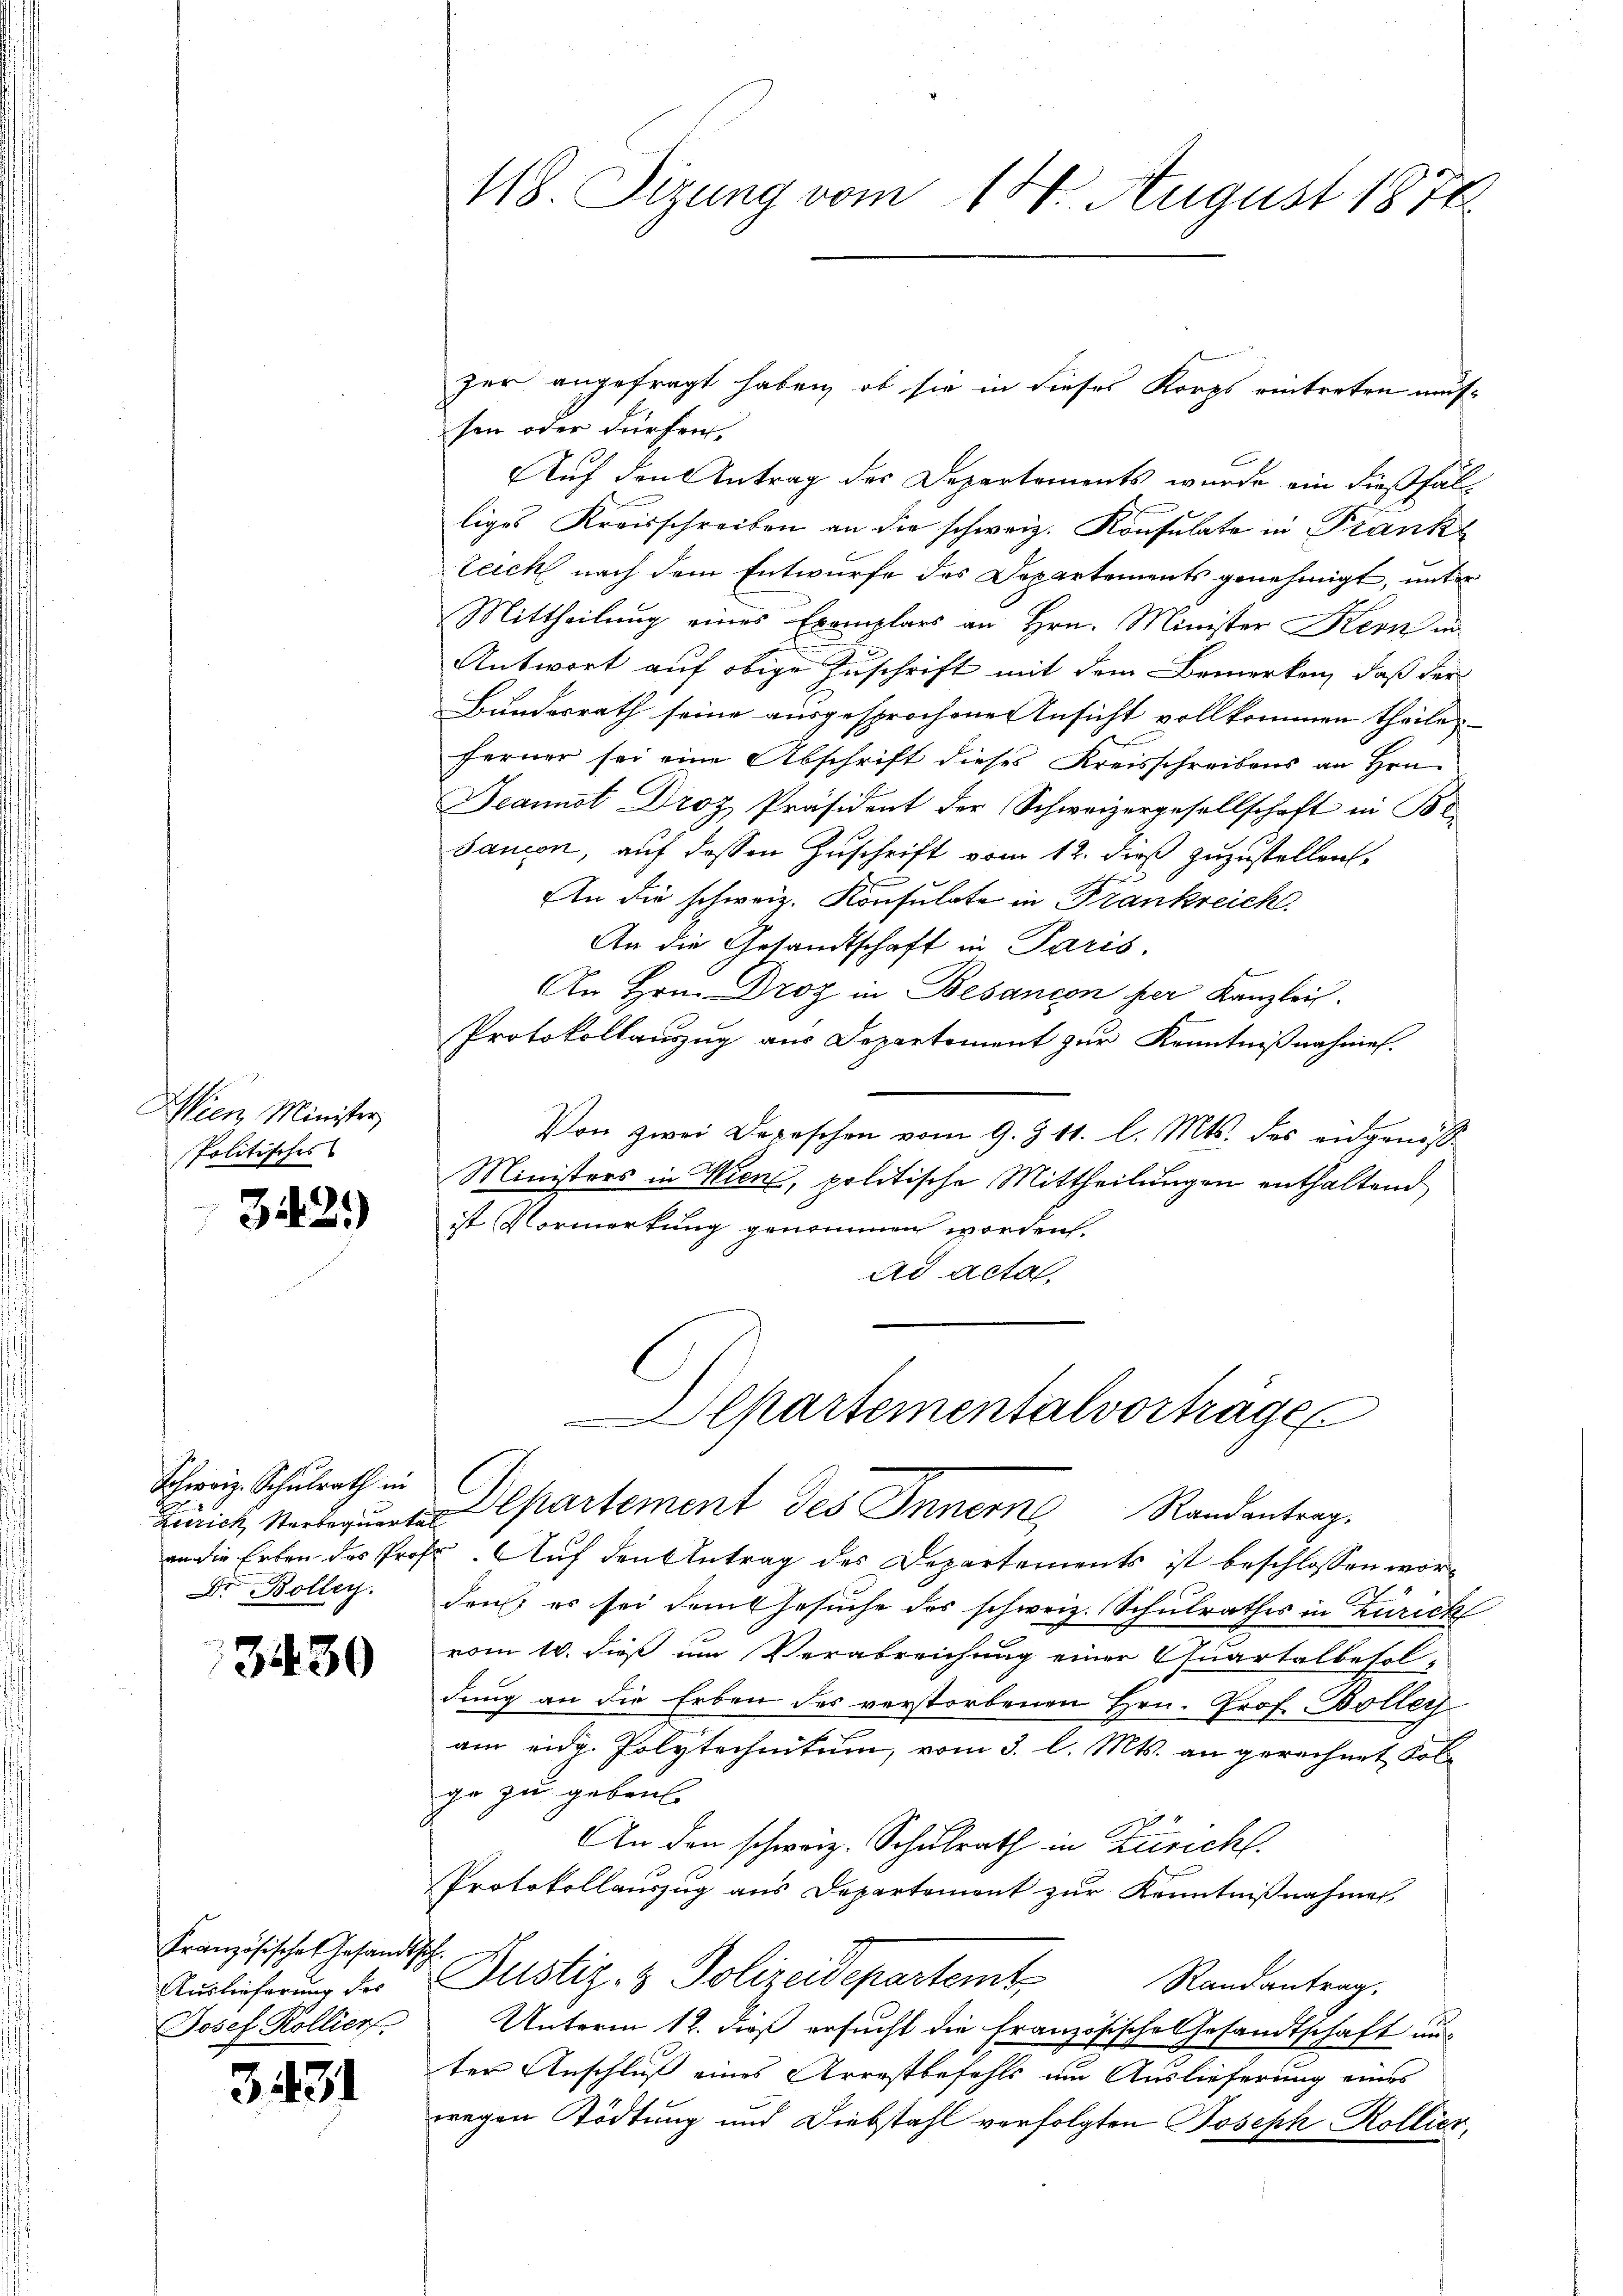
Wien Minister,
Politisches

342.)

Schweiz. Schulrath in
an die Erben des Pro¬
DDr. Bollen.

3430

Französisches Gesandtsch.
Auslieferung des
Josef Rollier

3431

118. Sizung vom 14. August 1878.

zer angefragt haben, ob sie in dieses Korps eintreten mussen oder dürfen.
Auf den Antrag des Departements wurde ein dießfäll
liges Kreisschreiben an die schweiz. Konsulate in Frank
teich nach dem Entwurfe des Departements genehmigt, unter
Mittheilung eines Exemplars an Hrn. Minister Kern in
Antwort auf obige Zuschrift mit dem Bemerken, daß der
Bundesrath seine ausgesprochene Ansicht vollkommen theile
ferner sei eine Abschrift dieses Kreisschreibens an Hrn.
Jeannot Droz Präsident der Schweizergesellschaft in Br
Sauion, auf dessen Zuschrift vom 12. dieß zuzustellen.
An die schweiz. Konsulate in Frankreich
An die Gesandtschaft in Paris.
An Hrn. Droz in Besançon per Kanzlei.
Protokollauszug aus Departement zur Kenntnißnahmen.
Von zwei Depeschen vom 9. § 11. l. Mts. des angenoss
Ministers in Wien, politische Mittheilungen enthaltend
ist Vormerkung genommen worden.
ad acta,
lpartementalvorträge
Zürich, Norderungen Departement des Innern Randantrag.
Er Auf den Antrag des Departements ist beschlossen worden, es sei damit Gesuche des schweiz. Schulrathes in Zürich
vom 10. dieß um Verabreichung einer Quartalbefol-
dung an die Erben des verstorbenen Hrn. Prof. Boller
am eidg. Polytechnikum, vom 3. l. Mts. an gerechnet Folge zu geben.
An den schweiz. Schulrath in Züricht.
Protokollauszug aus Departement zur Kenntnißnahmen,
Justiz- & Polizeidepartemt Randantrag.
Unterm 12. dieß ersucht die französische Gesandtschaft un-
ter Anschluß eines Arrestbefehls um Auslieferung eines
wegen Tödtung und Diebstahl verfolgten Joseph Kollier,